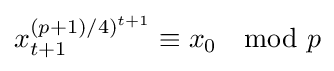
x_{t+1}^{(p+1)/4)^{t+1}}\equiv x_{0}\mod {p}